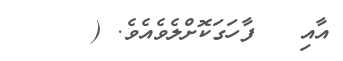
އާއި   ފާހަގަކޮށްލެވެއެވެ. (